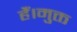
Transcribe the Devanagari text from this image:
हैं।मुक्त